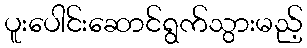
ပူးပေါင်းဆောင်ရွက်သွားမည့်